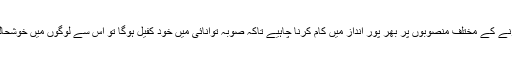
انھوں نے مزید کہا کہ صوبائی حکومت کو توانائی پیدا کرنے کے مختلف منصوبوں پر بھر پور انداز میں کام کرنا چاہیے تاکہ صوبہ توانائی میں خود کفیل ہوگا تو اس سے لوگوں میں خوشحالی آئے گی اور صنعتیں بھی اچھی طرح کام کر سکیں گی۔